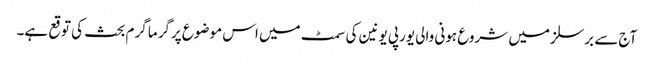
آج سے برسلز میں شروع ہونی والی یورپی یونین کی سمٹ میں اس موضوع پرگرما گرم بحث کی توقع ہے۔